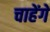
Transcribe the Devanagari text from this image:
चाहेंगें